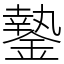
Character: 䥍